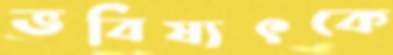
ভবিষ্যৎকে